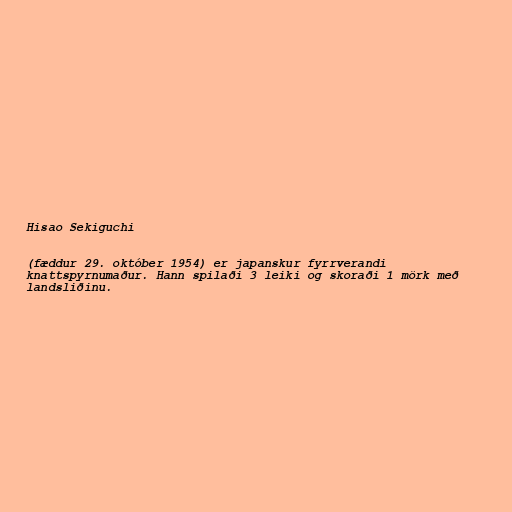
Hisao Sekiguchi

(fæddur 29. október 1954) er japanskur fyrrverandi
knattspyrnumaður. Hann spilaði 3 leiki og skoraði 1 mörk með
landsliðinu.